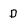
Character: d